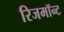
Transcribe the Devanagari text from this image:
रिजमॉन्ट